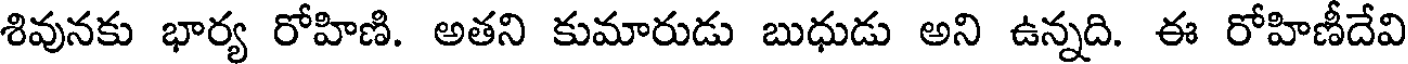
శివునకు భార్య రోహిణి. అతని కుమారుడు బుధుడు అని ఉన్నది. ఈ రోహిణీదేవి